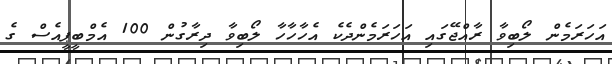
އަހަރަމެން ލޯބިވާ ރާއްޖޭގައި އަހަރަމެންދެކެ އެހާހާހާ ލޯބިވާ ދިރާގުން 100 އެމްބީޕީއެސް ގެ